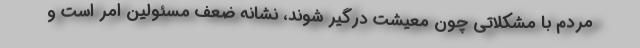
مردم با مشکلاتی چون معیشت درگیر شوند، نشانه‌ ضعف مسئولین امر است و